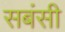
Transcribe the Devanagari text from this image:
सबंसी